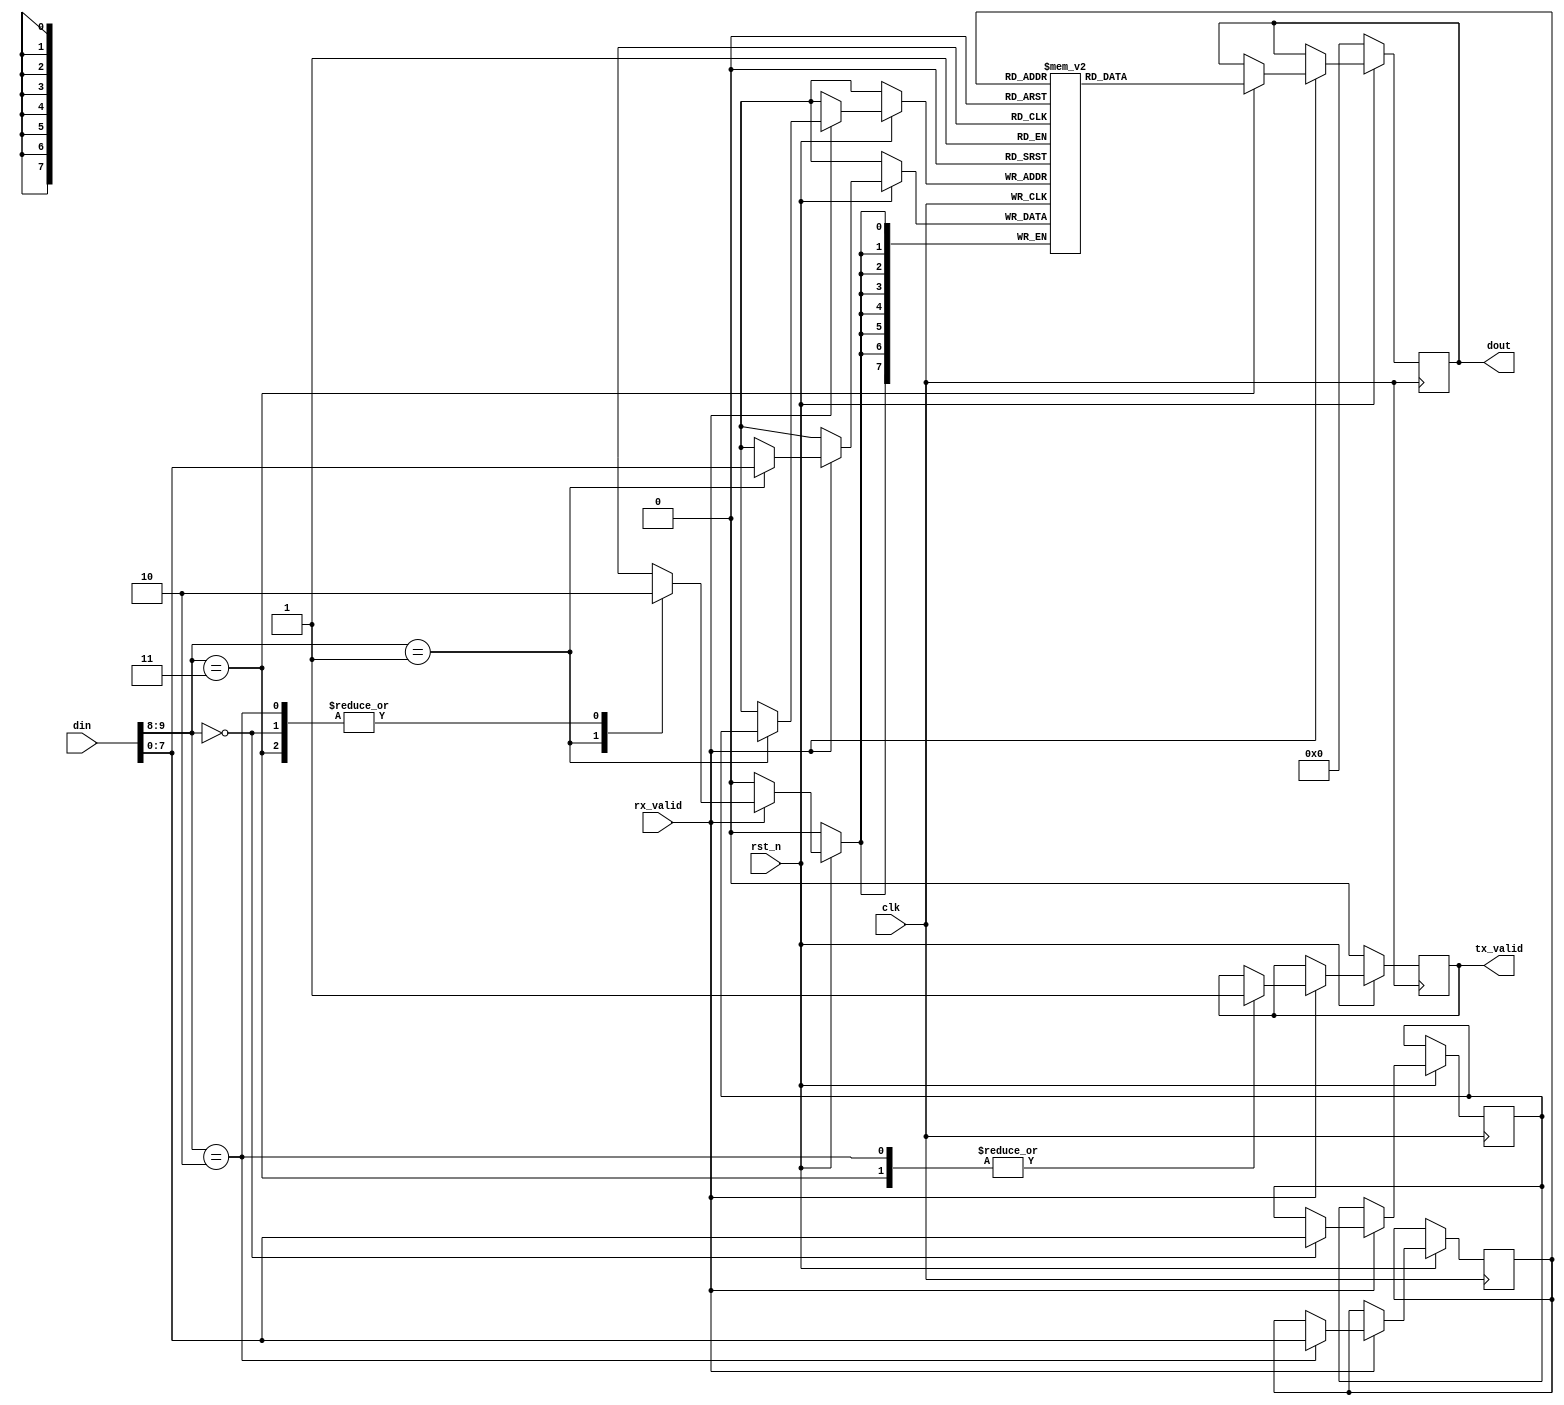
module SPR_ASYNC #(parameter MEM_DEPTH = 256, ADDR_SIZE = 8)(input [9:0]din, input rx_valid, output reg [7:0] dout, output reg tx_valid, 
    input clk, input rst_n);

reg [ADDR_SIZE-1:0] write_address;
reg [ADDR_SIZE-1:0] read_address;
reg[7:0] mem[MEM_DEPTH-1:0]; //memory size

always @(posedge clk ) begin
if(~rst_n)  begin 
dout<=8'b0;
tx_valid<=0;
end 

else if (rx_valid) begin
case(din[9:8])
2'b00: write_address<=din[7:0];
2'b01: mem[write_address]<=din[7:0];
2'b10: begin 
    read_address<=din[7:0];
    tx_valid<=1;
    end

2'b11: begin
 dout<=mem[read_address];
	   tx_valid<=1;
        end
   endcase
  end	
 end

endmodule